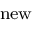
_ { \mathrm { n e w } }